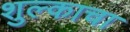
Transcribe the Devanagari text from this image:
शुल्काचा